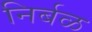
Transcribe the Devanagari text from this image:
निर्बळ